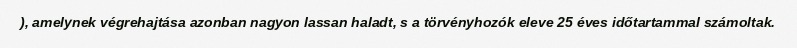
), amelynek végrehajtása azonban nagyon lassan haladt, s a törvényhozók eleve 25 éves időtartammal számoltak.